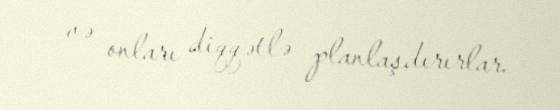
və onları diqqətlə planlaşdırırlar.